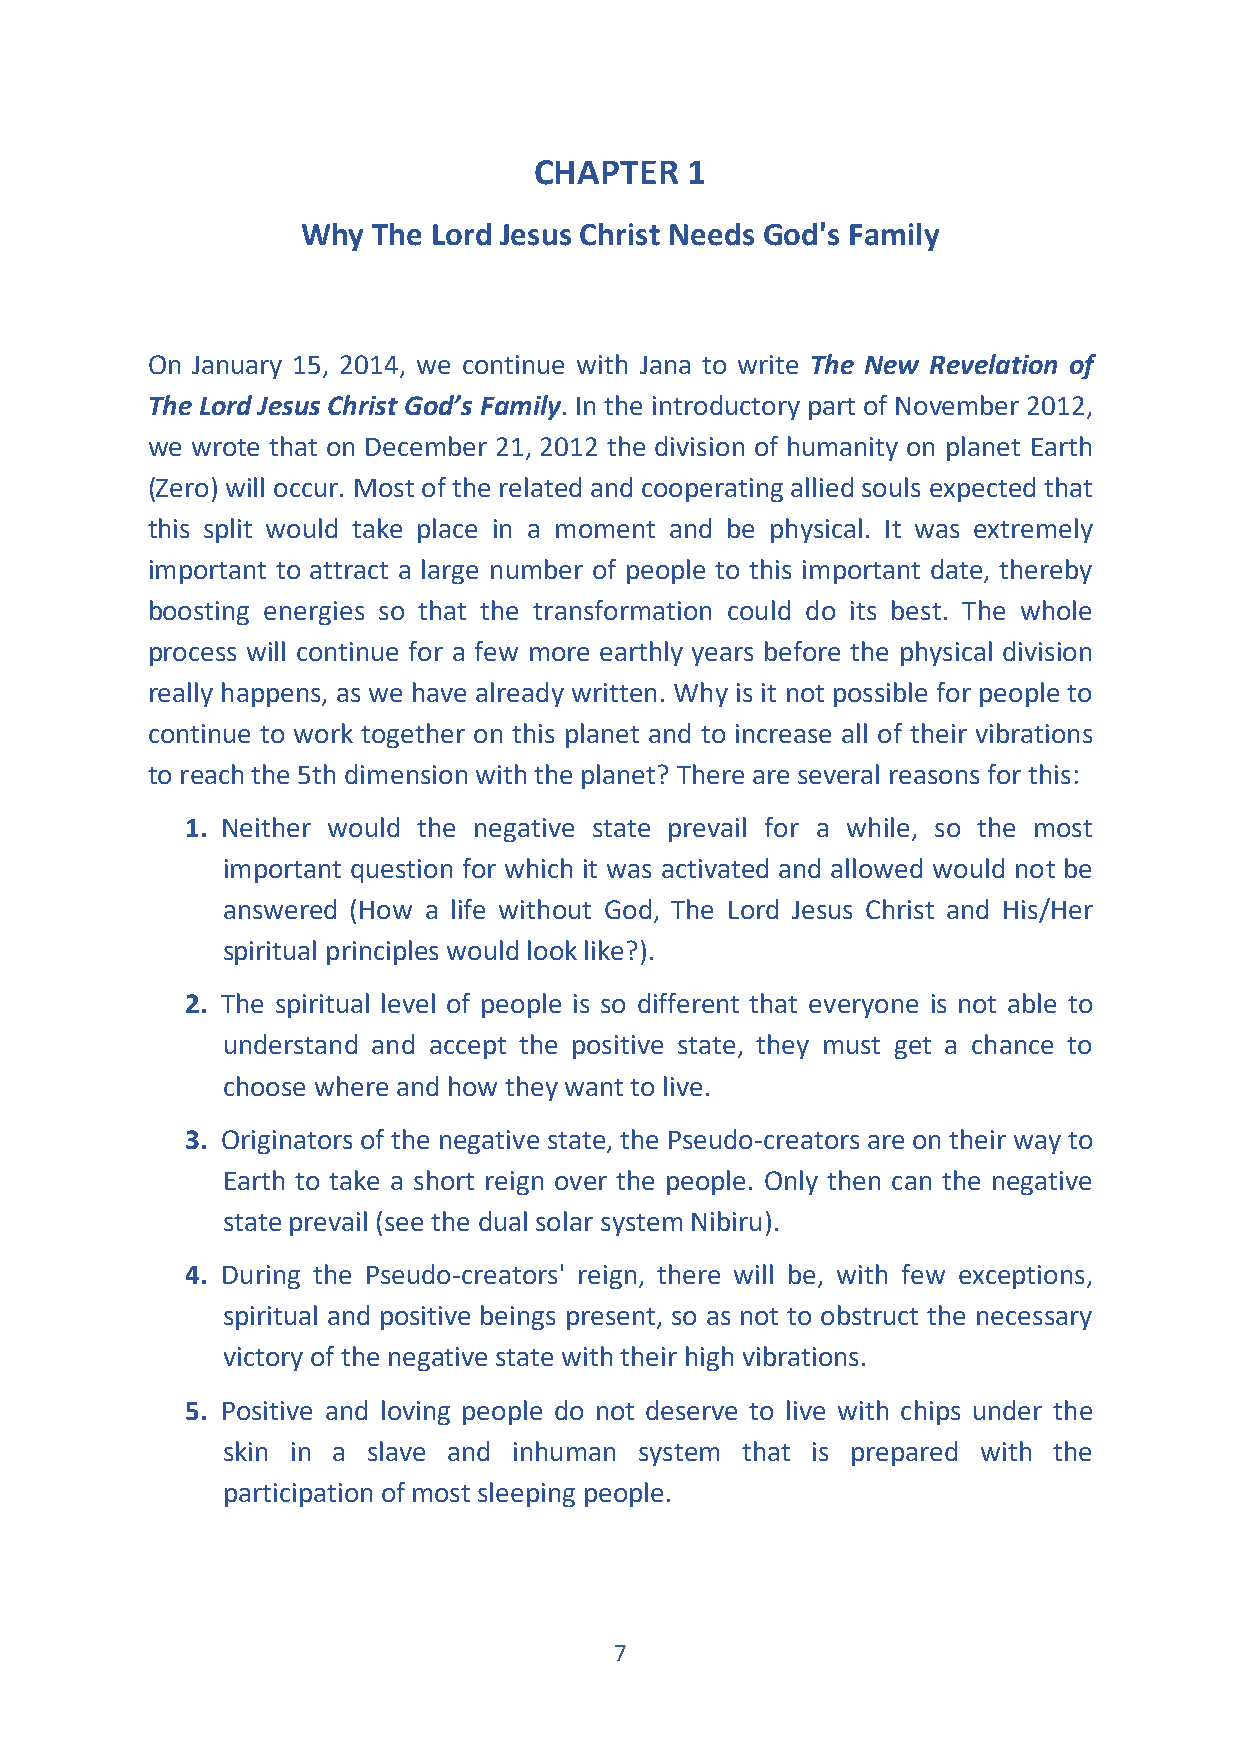
CHAPTER   1
 Why  The Lord Jesus Christ Needs God's Family
 On January 15, 2014, we continue with Jana to write The New Revelation of
 The Lord Jesus Christ God’s Family. In the introductory part of November 2012,
 we wrote that on December 21, 2012 the division of humanity on planet Earth
 (Zero) will occur. Most of the related and cooperating allied souls expected that
 this split would take place in a moment and be physical. It was extremely
 important to attract a large number of people to this important date, thereby
 boosting energies so that the transformation could do its best. The whole
 process will continue for a few more earthly years before the physical division
 really happens, as we have already written. Why is it not possible for people to
 continue to work together on this planet and to increase all of their vibrations
 to reach the 5th dimension with the planet? There are several reasons for this:
 1. Neither would the negative state prevail for a while, so the most
 important question for which it was activated and allowed would not be
 answered (How a life without God, The Lord Jesus Christ and His/Her
 spiritual principles would look like?).
 2. The spiritual level of people is so different that everyone is not able to
 understand and accept the positive state, they must get a chance to
 choose where and how they want to live.
 3. Originators of the negative state, the Pseudo-creators are on their way to
 Earth to take a short reign over the people. Only then can the negative
 state prevail (see the dual solar system Nibiru).
 4. During the Pseudo-creators' reign, there will be, with few exceptions,
 spiritual and positive beings present, so as not to obstruct the necessary
 victory of the negative state with their high vibrations.
 5. Positive and loving people do not deserve to live with chips under the
 skin in a slave and inhuman system that is prepared with the
 participation of most sleeping people.
 7